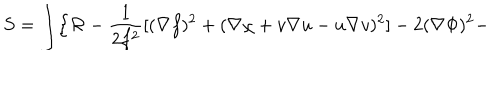
S = \int \Bigl \{ { \cal R } - \frac { 1 } { 2 f ^ { 2 } } [ ( \nabla f ) ^ { 2 } + ( \nabla \chi + v \nabla u - u \nabla v ) ^ { 2 } ] - 2 ( \nabla \Phi ) ^ { 2 } -